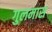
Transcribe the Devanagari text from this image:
गुलमास